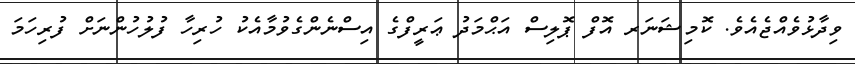
ވިދާޅުވެއްޖެއެވެ. ކޮމިޝަނަރ އޮފް ޕޮލިސް އަޙްމަދު ޢަރީފްގެ އިސްނެންގެވުމާއެކު ހުރިހާ ފުލުހުންނަށް ފުރިހަމަ